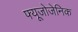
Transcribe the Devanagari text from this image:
फ्यूजोजेनिक